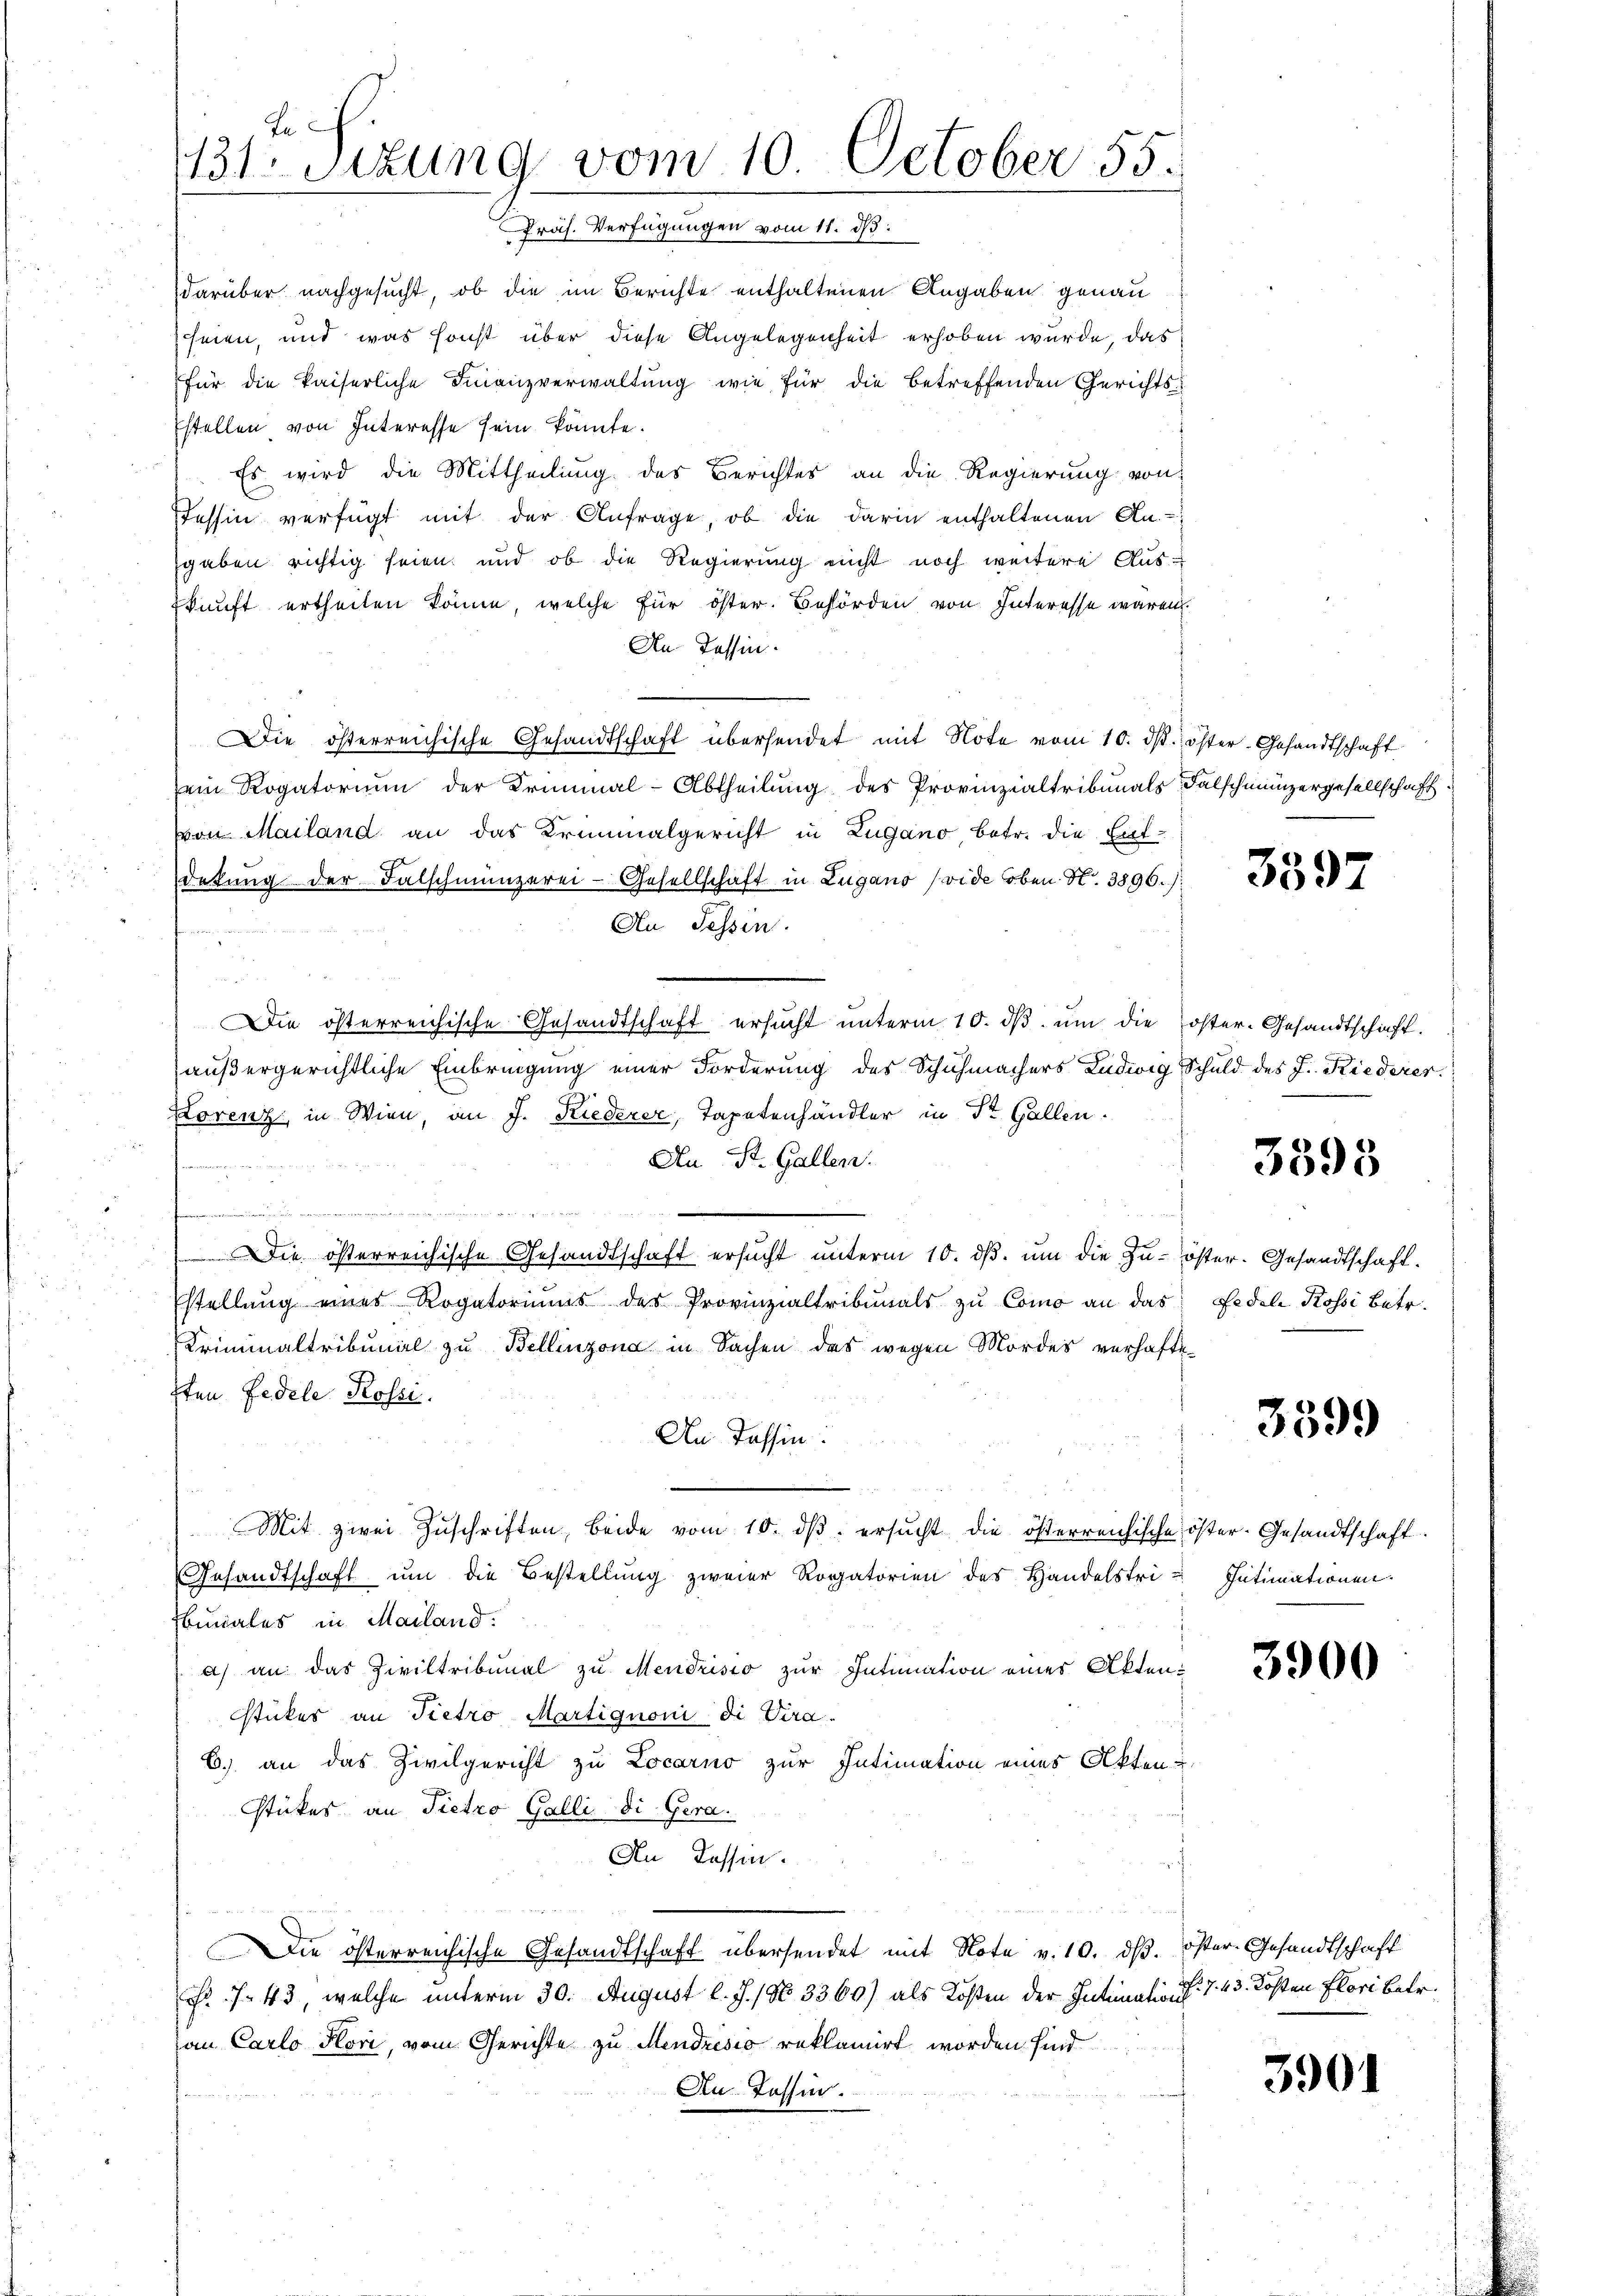
Ju
131. Sitzung vom 10. October 55.
Präs. Verfügungen vom 11. ds.

darüber nachgesucht, ob die im Berichte enthaltenen Angaben genau
seien, und was sonst über diese Angelegenheit erhoben wurde, das
für die kaiserliche Finanzverwaltung wie für die betreffenden Gerichtsstellen von Interesse sein könnte.
Es wird die Mittheilung des Berichtes an die Regierung von
Tessin verfügt mit der Anfrage, ob die darin enthaltenen An-
sgaben richtig seien und ob die Regierung nicht noch weitere Aus-
kunft ertheilen könne, welche für öster. Behörden von Interesse waren.
An Tessin.
Die österreichische Gesandtschaft übersendet mit Note vom 10. dβ. öster Gesandtschaft
ein Rogatorium der Kriminal-Abtheilung des Provinzialtribunals Falschmünzergesellschaftvon Mailand an das Kriminalgericht in Zugano betr. die Ent-
detung der Falschmünzerei-Gesellschaft in Lugano (vide oben N. 3896.):
An Tessin.
Die österreichische Gesandtschaft ersucht unterm 10. dβ ŭm die Koster-Gesandtschaft.
außergerichtliche Einbringung einer Forderung des Schuhmachers Ludwig Schuld des J. Riederer.
Lorenz in Wien, an J. Riederer, Tapetenhändler in St. Gallen.
An St. Gallen.
e
.
 Die österreichische Gesandtschaft ersŭcht ŭnterm 10. dβ. ŭm die Zŭ-öster- Gesandtschaft.
Estellung eines Rogatoriums der Provinzialtribunals zu Como an das
Kriminaltribunal zu Bellinzona in Sachen des wegen Mordes verhafte
sten Fedele Rossi.
An Tessin:
Mit zwei Zŭschriften, beide vom 10. dβ. ersŭcht die österreichische öster-Gesandtschaft
Gesandtschaft ŭm die Bestellung zweier Rogatorien des Handelstri Intimationen.
Ebunales in Mailand:
a) an das Ziviltribunal zu Mendrisio zur Intimation eines Akten¬
Stückes an Pietro Martignoni di Vira-
6) an das Zivilgericht zu Locarno zur Intimation eines Akten-
Stückes an Pietro Galli Si. Gera.
An Tessin.
Die österreichische Gesandtschaft übersendet mit Note v. 10. ds. Oster- Gesandtschaft
Fr. 7. 43, welche unterm 30. August l. J. / No 3360) als Kosten der Intimation d. 7. 43. Kosten Flori betr.
an Carlo Hori, vom Gerichte zu Mendrisio reklamirt worden sind.
An Tessin.
¬

3397

3395

Fedele Rossi betr.

3599

3900

3901